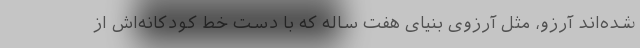
شده‌اند آرزو، مثل آرزوی بنیای هفت ساله که با دست خط کودکانه‌اش از